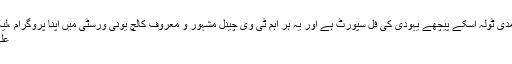
یہ انکار حدیث کا ٹولہ ،،، انکا اصل حدف نوجوان نسل ہے یہ غامدی ٹولہ اسکے پیچھے یہودی کی فل سپورٹ ہے اور یہ ہر اہم ٹی وی چینل مشہور و معروف کالچ یونی ورسٹی میں اپنا پروگرام ،لیکچر وغیرہ کر لیتے ہیں یہ سب کام بغیر سپورٹ کے ممکن نہیں
علی بھائی آپ شائد ملاقات بھی کر چکے ہیں اس پر کیا اپڈیٹ ھے۔